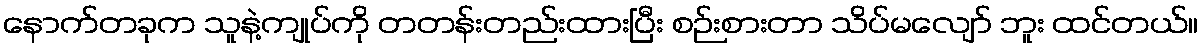
နောက်တခုက သူနဲ့ကျုပ်ကို တတန်းတည်းထားပြီး စဉ်းစားတာ သိပ်မလျော် ဘူး ထင်တယ်။